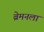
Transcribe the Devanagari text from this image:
ब्रेमनला